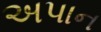
અપાન